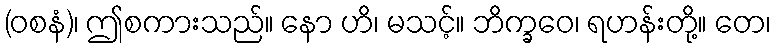
(ဝစနံ)၊ ဤစကားသည်။ နော ဟိ၊ မသင့်။ ဘိက္ခဝေ၊ ရဟန်းတို့။ တေ၊